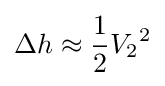
{\Delta h}\approx {\frac {1}{2}}{V_{2}}^{2}